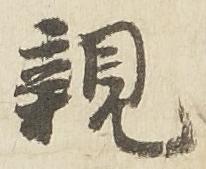
親